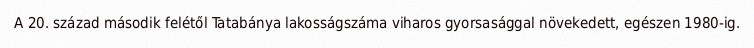
A 20. század második felétől Tatabánya lakosságszáma viharos gyorsasággal növekedett, egészen 1980-ig.